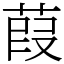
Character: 葭